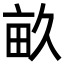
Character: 畝